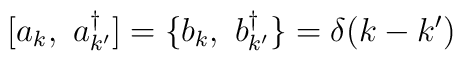
[a_k,~a^{\dagger}_{k^\prime}] = \{b_k,~b^{\dagger}_{k^\prime}\} =\delta(k-k^\prime)